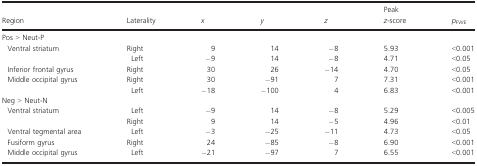
<table><thead><tr><td><b>Region</b></td><td><b>Laterality</b></td><td><b><i>x</i></b></td><td><b><i>y</i></b></td><td><b><i>z</i></b></td><td><b>Peak <i>z</i>-score</b></td><td><b><i>p</i><sub>FWE</sub></b></td></tr></thead><tbody><tr><td colspan="7">Pos &gt; Neut-P</td></tr><tr><td> Ventral striatum</td><td>Right</td><td>9</td><td>14</td><td>−8</td><td>5.93</td><td>&lt;0.001</td></tr><tr><td></td><td>Left</td><td>−9</td><td>14</td><td>−8</td><td>4.71</td><td>&lt;0.05</td></tr><tr><td> Inferior frontal gyrus</td><td>Right</td><td>30</td><td>26</td><td>−14</td><td>4.70</td><td>&lt;0.05</td></tr><tr><td> Middle occipital gyrus</td><td>Right</td><td>30</td><td>−91</td><td>7</td><td>7.31</td><td>&lt;0.001</td></tr><tr><td></td><td>Left</td><td>−18</td><td>−100</td><td>4</td><td>6.83</td><td>&lt;0.001</td></tr><tr><td colspan="7">Neg &gt; Neut-N</td></tr><tr><td> Ventral striatum</td><td>Left</td><td>−9</td><td>14</td><td>−8</td><td>5.29</td><td>&lt;0.005</td></tr><tr><td></td><td>Right</td><td>9</td><td>14</td><td>−5</td><td>4.96</td><td>&lt;0.01</td></tr><tr><td> Ventral tegmental area</td><td>Left</td><td>−3</td><td>−25</td><td>−11</td><td>4.73</td><td>&lt;0.05</td></tr><tr><td> Fusiform gyrus</td><td>Right</td><td>24</td><td>−85</td><td>−8</td><td>6.90</td><td>&lt;0.001</td></tr><tr><td> Middle occipital gyrus</td><td>Left</td><td>−21</td><td>−97</td><td>7</td><td>6.55</td><td>&lt;0.001</td></tr></tbody></table>